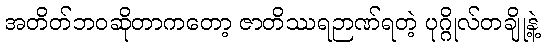
အတိတ်ဘဝဆိုတာကတော့ ဇာတိဿရဉာဏ်ရတဲ့ ပုဂ္ဂိုလ်တချို့နဲ့